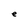
Character: e